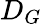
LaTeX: D_{G}